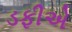
ડફીએ